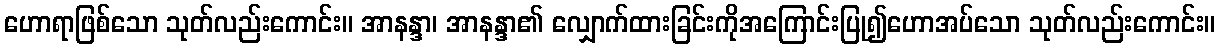
ဟောရာဖြစ်သော သုတ်လည်းကောင်း။ အာနန္ဒာ၊ အာနန္ဒာ၏ လျှောက်ထားခြင်းကိုအကြောင်းပြု၍ဟောအပ်သော သုတ်လည်းကောင်း။